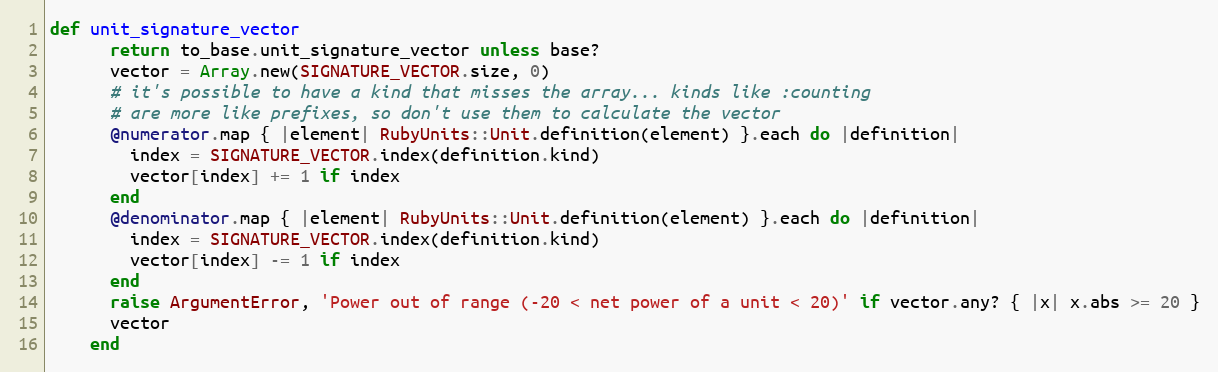
Language: Ruby
def unit_signature_vector
      return to_base.unit_signature_vector unless base?
      vector = Array.new(SIGNATURE_VECTOR.size, 0)
      # it's possible to have a kind that misses the array... kinds like :counting
      # are more like prefixes, so don't use them to calculate the vector
      @numerator.map { |element| RubyUnits::Unit.definition(element) }.each do |definition|
        index = SIGNATURE_VECTOR.index(definition.kind)
        vector[index] += 1 if index
      end
      @denominator.map { |element| RubyUnits::Unit.definition(element) }.each do |definition|
        index = SIGNATURE_VECTOR.index(definition.kind)
        vector[index] -= 1 if index
      end
      raise ArgumentError, 'Power out of range (-20 < net power of a unit < 20)' if vector.any? { |x| x.abs >= 20 }
      vector
    end